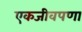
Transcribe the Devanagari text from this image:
एकजीवपणा